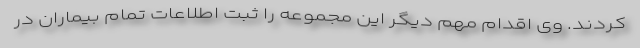
کردند. وی اقدام مهم دیگر این مجموعه را ثبت اطلاعات تمام بیماران در